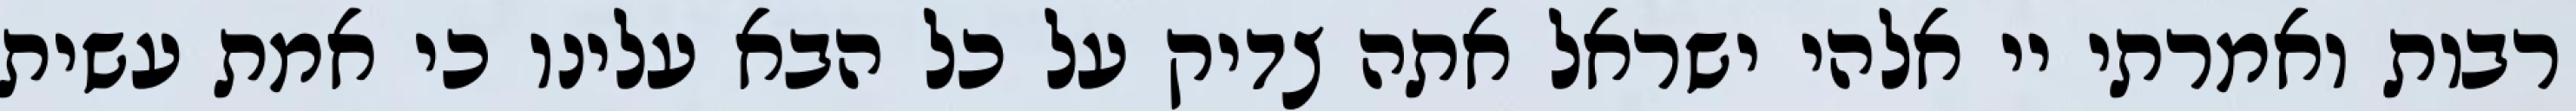
רבות ואמרתי יי אלהי ישראל אתה צדיק על כל הבא עלינו כי אמת עשית